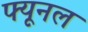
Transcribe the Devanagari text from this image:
फ्यूनल